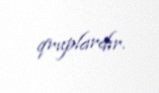
qruplardır.